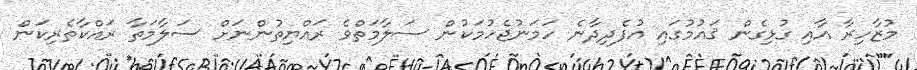
މުޒާހިރާ އާއި ގުޅިގެން ޤައުމުގައި އުފެދިދާނެ ހަމަނުޖެހުމަކުން ސަލާމަތްވެ ރައްޔިތުންނަށް ސަލާމަތާ ރައްކާތެރިކަން